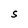
Character: S